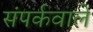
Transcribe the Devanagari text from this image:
संपर्कवाले